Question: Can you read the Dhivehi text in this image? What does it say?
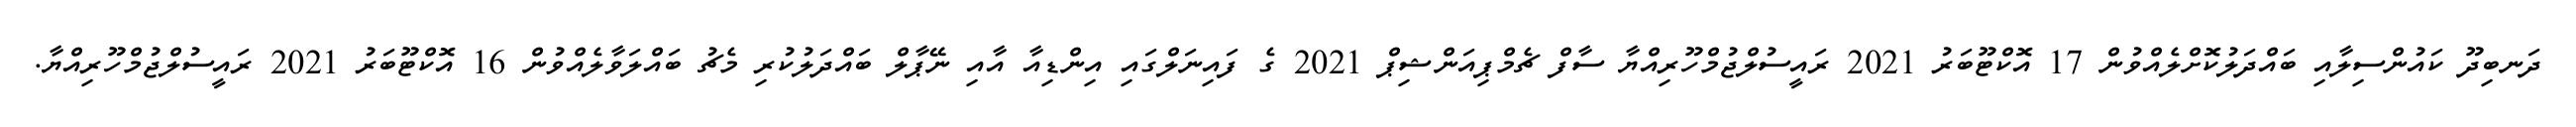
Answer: ދަނބިދޫ ކައުންސިލާއި ބައްދަލުކޮށްލެއްވުން 17 އޮކްޓޫބަރު 2021 ރައީސުލްޖުމްހޫރިއްޔާ ސާފް ޗެމްޕިއަންޝިޕް 2021 ގެ ފައިނަލްގައި އިންޑިއާ އާއި ނޭޕާލް ބައްދަލުކުރި މެޗު ބައްލަވާލެއްވުން 16 އޮކްޓޫބަރު 2021 ރައީސުލްޖުމްހޫރިއްޔާ.